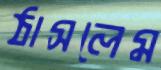
ঠাসলেম